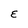
Character: E